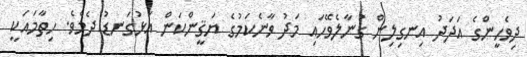
ދިވެހީންގެ އަދަދު އިނގިލިން ގުނާލެވޭހައި މަދު ވާނެކަމުގެ ޔަޤީންކަން އަޅުގަނޑު ދެމެވެ. ހިތާމައަކީ